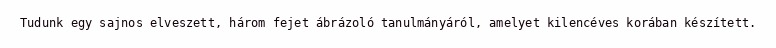
Tudunk egy sajnos elveszett, három fejet ábrázoló tanulmányáról, amelyet kilencéves korában készített.